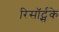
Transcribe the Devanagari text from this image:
रिसॉर्ट्सके